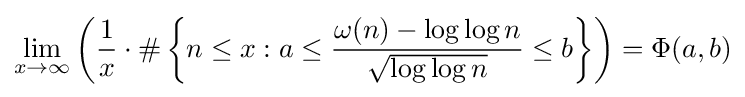
\lim _{x\rightarrow \infty }\left({\frac {1}{x}}\cdot \#\left\{n\leq x:a\leq {\frac {\omega (n)-\log \log n}{\sqrt {\log \log n}}}\leq b\right\}\right)=\Phi (a,b)